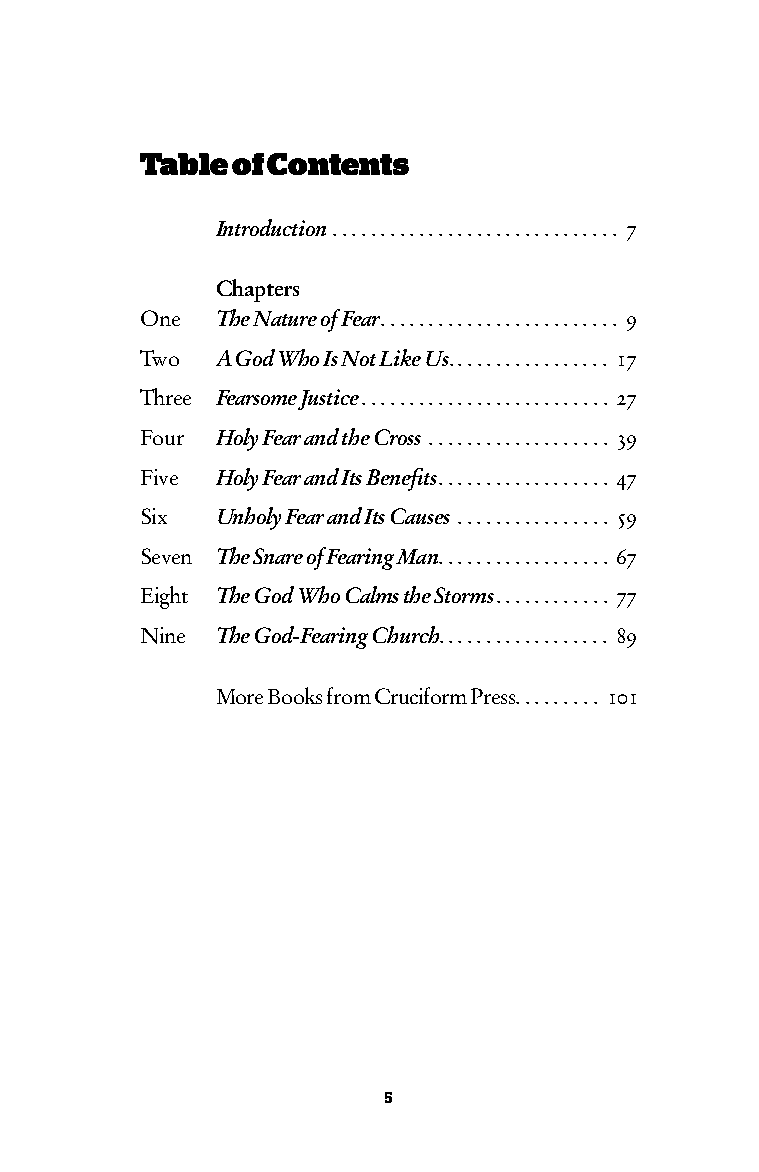
Table of Contents
 Introduction .............................. 7
 Chapters
 One  The Nature of Fear ......................... 9
 Two  A God Who Is Not Like Us. . . . . . . . . . . . . . . . . 17
 Three Fearsome Justice .......................... 27
 Four Holy Fear and the Cross ................... 39
 Five Holy Fear and Its Benefits .................. 47
 Six  Unholy Fear and Its Causes ................ 59
 Seven The Snare of Fearing Man .................. 67
 Eight The God Who Calms the Storms ............ 77
 Nine The God-Fearing Church. . . . . . . . . . . . . . . . . . 89
 More Books from Cruciform Press ......... 101
 5